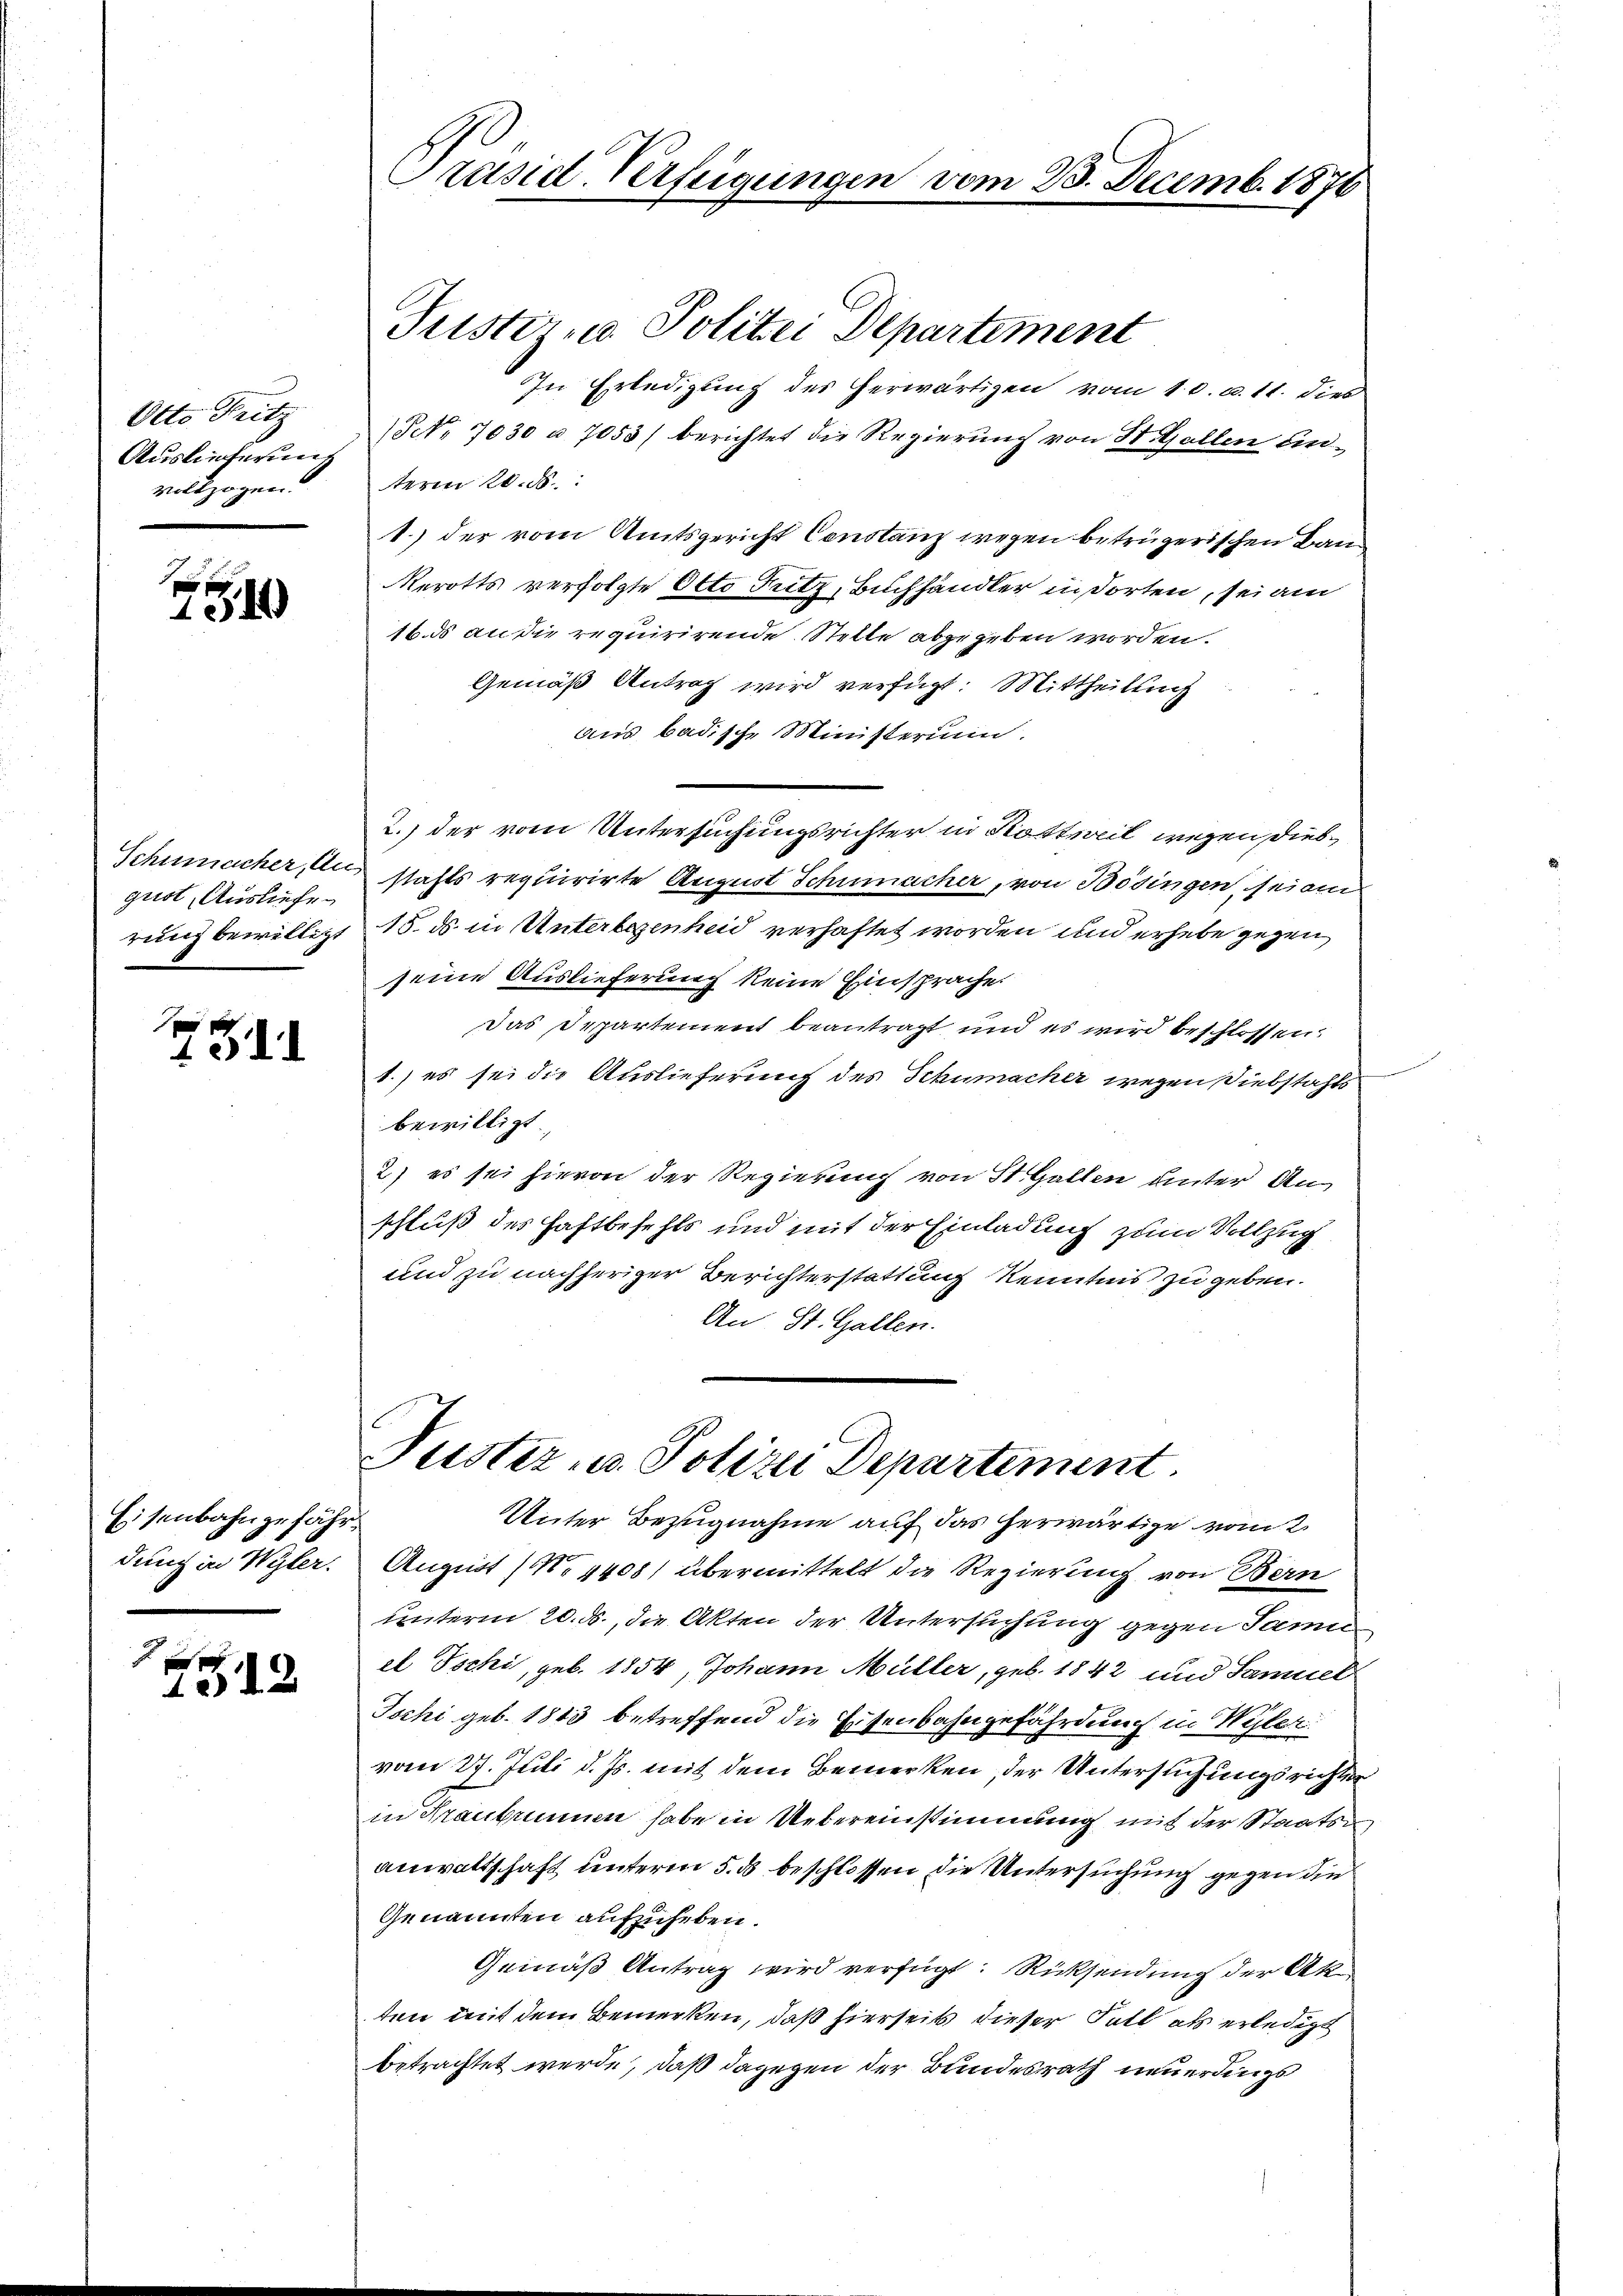
Otto Fritz
Auslieferung
vollzogen.

e
14

Schumacher, Au
gust, Ausliefe
rung bewilligt

xx
4. d.

Eisenbahngefähr
dung in Wyler.

2

Präsid-Verfügungen vom 23. Decemb. 1876

Justiz- u. Polizei Departement
In Erledigung des herwärtigen vom 10. d. 11. dies
Nr. 7030 à 7053/ berichtet die Regierung von St. Gallen anterm 20. d.
1.) der vom Amtsgericht Constanz wegen betrügerischen Band
Rerotts verfolgte Otto Tutz, Buchhändler in dorten, sei am
16. ds an die requirirende Stelle abgegeben worden.
Gemäß Antrag wird verfügt: Mittheilung
aus badische Ministerium.
2.) der vom Untersuchungsrichter in Kottweil wegen Diebstahls requirirte August Schumacher, von Bödingen, seien
15. ds. in Unterlegenheid verhaftet worden und erhebe gegen
seine Auslieferung keine Einsprache.
das Departement beantragt und es wird beschlossen:
1.) es sei die Auslieferung des Schumacher wegen Diebstahls
bewilligt
2) es sei hievon der Regierung von St. Gallen unter An
schluß des Haftbefehls und mit der Einladung zum Vollzug
und zu nachheriger Berichterstattung Kenntnis zu geben.
An St. Gallen.
Puster- u. Polizei Departement

Unter Bezugnahme auf das herwärtige vom 2.

August (No 4408) übermittelt die Regierung von Bern
unterm 20. ds., die Akten der Untersuchung gegen Samu
el Ischi, geb. 1854, Johann Müller, geb. 1842 und Samuel
Jochi geb. 1843 betreffend die Eisenbahngefährdung in Wyler
vom 27. Juli d. Js. mit dem Bemerken, der Untersuchungsrichter
in Traubrunnen habe in Uebereinstimmung mit der Staatsanwaltschaft unterm 5. ds beschlossen die Untersuchung gegen die
Genannten aufzuheben.
Gemäß Antrag wird verfügt: Rücksendung der Akten mit dem Bemerken, daß hierseits dieser Fall als erledigt
betrachtet werde, daß dagegen der Bundesrath neuerdings